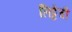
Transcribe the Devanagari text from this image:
लिट्टेची